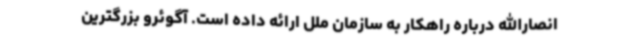
انصارالله درباره راهکار به سازمان ملل ارائه داده‌ است. آگوئرو بزرگترین